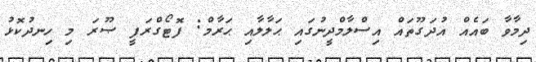
ދިމާވާ ބައެއް އުދަގޫތައް އިސްލާމްދީނުގައި ޙަލާލާއި ޙަރާމް: ފޮޓޯގްރަފީ ޞޫރަ މި ހިނދުކޮޅު